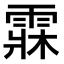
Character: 𩃕